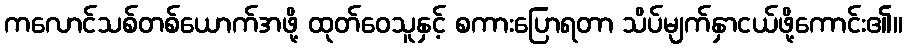
ကလောင်သစ်တစ်ယောက်အဖို့ ထုတ်ဝေသူနှင့် စကားပြောရတာ သိပ်မျက်နှာငယ်ဖို့ကောင်း၏။